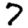
Digit: 7